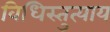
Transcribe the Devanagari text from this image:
विधिस्तुत्याय